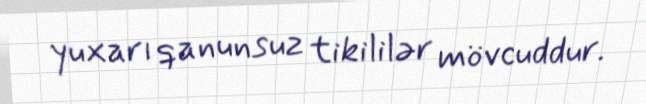
yuxarı qanunsuz tikililər mövcuddur.